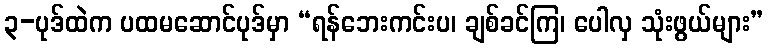
၃-ပုဒ်ထဲက ပထမဆောင်ပုဒ်မှာ “ရန်ဘေးကင်းပ၊ ချစ်ခင်ကြ၊ ပေါလှ သုံးဖွယ်များ”